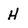
Character: H